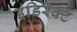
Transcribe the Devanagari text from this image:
इंडिरेक्ट